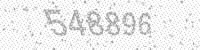
Solution: 548896